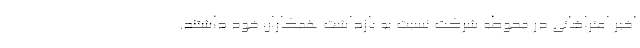
اخیر اعتراضاتی در محوطه شرکت نسبت به بازداشت همکاران خود داشتند.